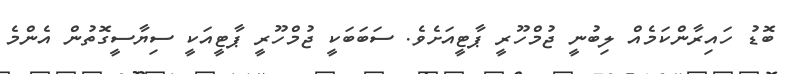
ބޮޑު ހައިރާންކަމެއް ލިބުނީ ޖުމްހޫރީ ޕާޓީއަށެވެ. ސަބަބަކީ ޖުމްހޫރީ ޕާޓީއަކީ ސިޔާސީގޮތުން އެންމެ